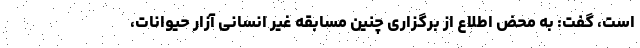
است، گفت: به محض اطلاع از برگزاری چنین مسابقه غیر انسانی آزار حیوانات،